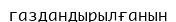
газдандырылғанын